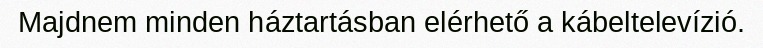
Majdnem minden háztartásban elérhető a kábeltelevízió.